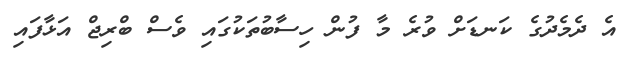
އެ ދެމެދުގެ ކަނޑަށް ވުރެ މާ ފުން ހިސާބުތަކުގައި ވެސް ބްރިޖް އަޅާފައި